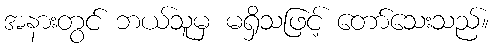
အနားတွင် ဘယ်သူမှ မရှိသဖြင့် တော်သေးသည်။